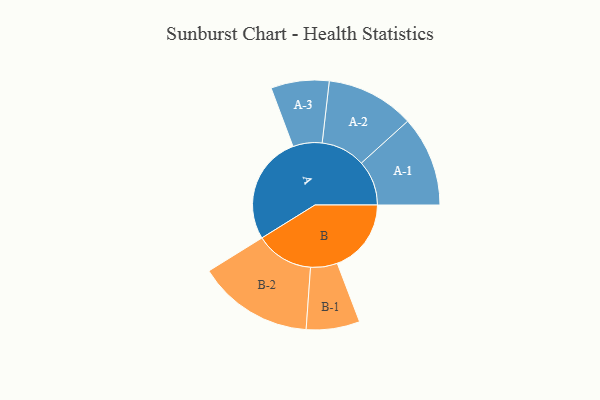
{"axis": {"x": "Segment", "y": "Value"}, "legend": ["", "A", "B"], "data": [{"x": "A", "y": 466, "type": ""}, {"x": "B", "y": 318, "type": ""}, {"x": "A-1", "y": 194, "type": "A"}, {"x": "A-2", "y": 190, "type": "A"}, {"x": "A-3", "y": 125, "type": "A"}, {"x": "B-1", "y": 115, "type": "B"}, {"x": "B-2", "y": 249, "type": "B"}]}